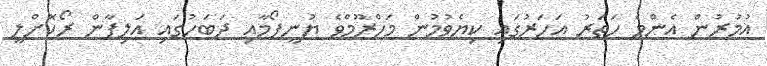
އުމުރުން އެންމެ ހަތަރު އަހަރުގައި ކިޔެވުމުން މަހްރޫމްވެ ޔުނީފޯމާއި ދަބަހުގައި އަލިފާން ރޯކޮށްލީ